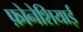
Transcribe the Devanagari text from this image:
फ़ोनेशियाई